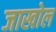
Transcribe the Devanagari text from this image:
जाखोल